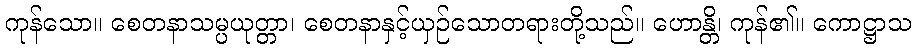
ကုန်သော။ စေတနာသမ္ပယုတ္တာ၊ စေတနာနှင့်ယှဉ်သောတရားတို့သည်။ ဟောန္တိ၊ ကုန်၏။ ကောဋ္ဌာသ